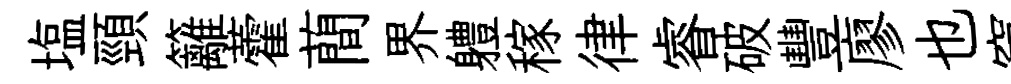
塩頸籬藿蕳界軆稼律睿破豐廖也窠